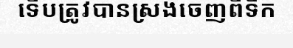
ទើបត្រូវបានស្រង់ចេញពីទឹក